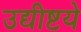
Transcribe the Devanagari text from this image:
उद्यीष्टये